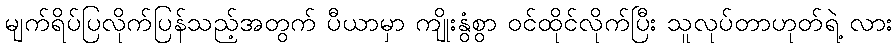
မျက်ရိပ်ပြလိုက်ပြန်သည့်အတွက် ပီယာမှာ ကျိုးနွံစွာ ဝင်ထိုင်လိုက်ပြီး သူလုပ်တာဟုတ်ရဲ့ လား